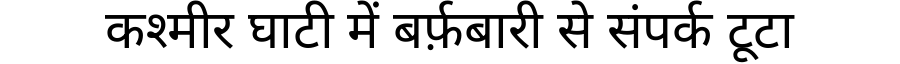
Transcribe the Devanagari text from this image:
कश्मीर घाटी में बर्फ़बारी से संपर्क टूटा